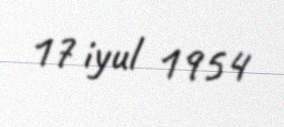
17 iyul 1954